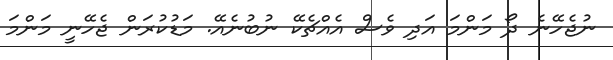
ނުޖެހޭނެ ދޯ މަންމަ އަދި ވެސް އެއްޗެކޭ ނުބުނެއޭ. މަޑުކުރަން ޖެހޭނީ މަންމަ